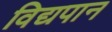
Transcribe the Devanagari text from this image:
विद्यपान